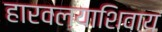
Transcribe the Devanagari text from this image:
हारवल्याशिवाय